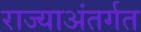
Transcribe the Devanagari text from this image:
राज्याअंतर्गत